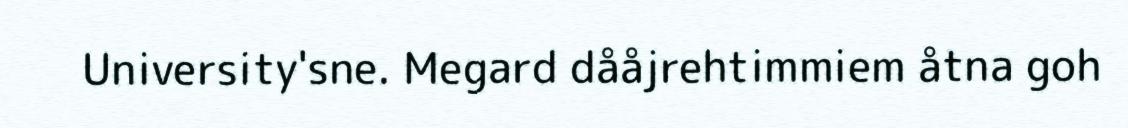
University'sne. Megard dååjrehtimmiem åtna goh